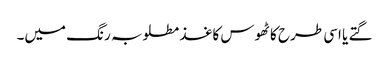
گتے یا اسی طرح کا ٹھوس کاغذ مطلوبہ رنگ میں۔